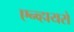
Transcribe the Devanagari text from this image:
एन्व्हायरो